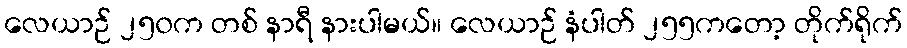
လေယာဉ် ၂၅၀က တစ် နာရီ နားပါမယ်။ လေယာဉ် နံပါတ် ၂၅၅ကတော့ တိုက်ရိုက်